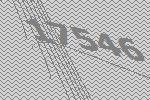
17546